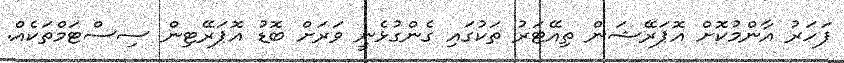
ފަހަރު އާންމުކޮށް އޮޕަރޭޝަން ތިއޭޓަރު ތަކުގައި ގެންގުޅެނީ ވަރަށް ބޮޑު އޮޕަރޭޓިން ސިސްޓަމްތަކެއް.